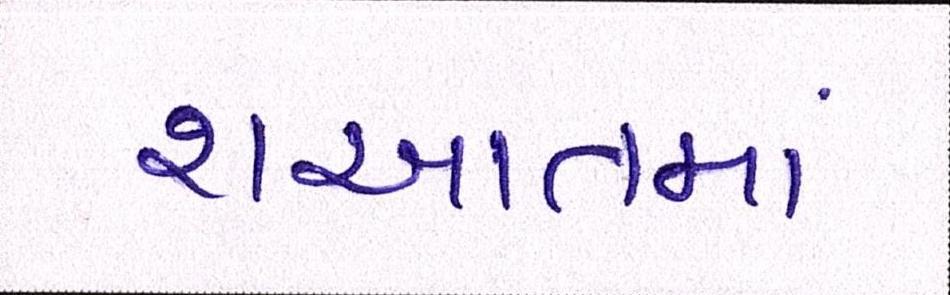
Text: શઆતમાં